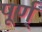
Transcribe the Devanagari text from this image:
पूर्ण्